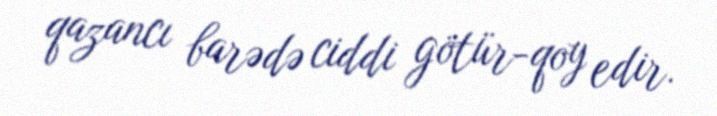
qazancı barədə ciddi götür-qoy edir.